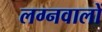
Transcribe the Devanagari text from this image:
लग्नवालों